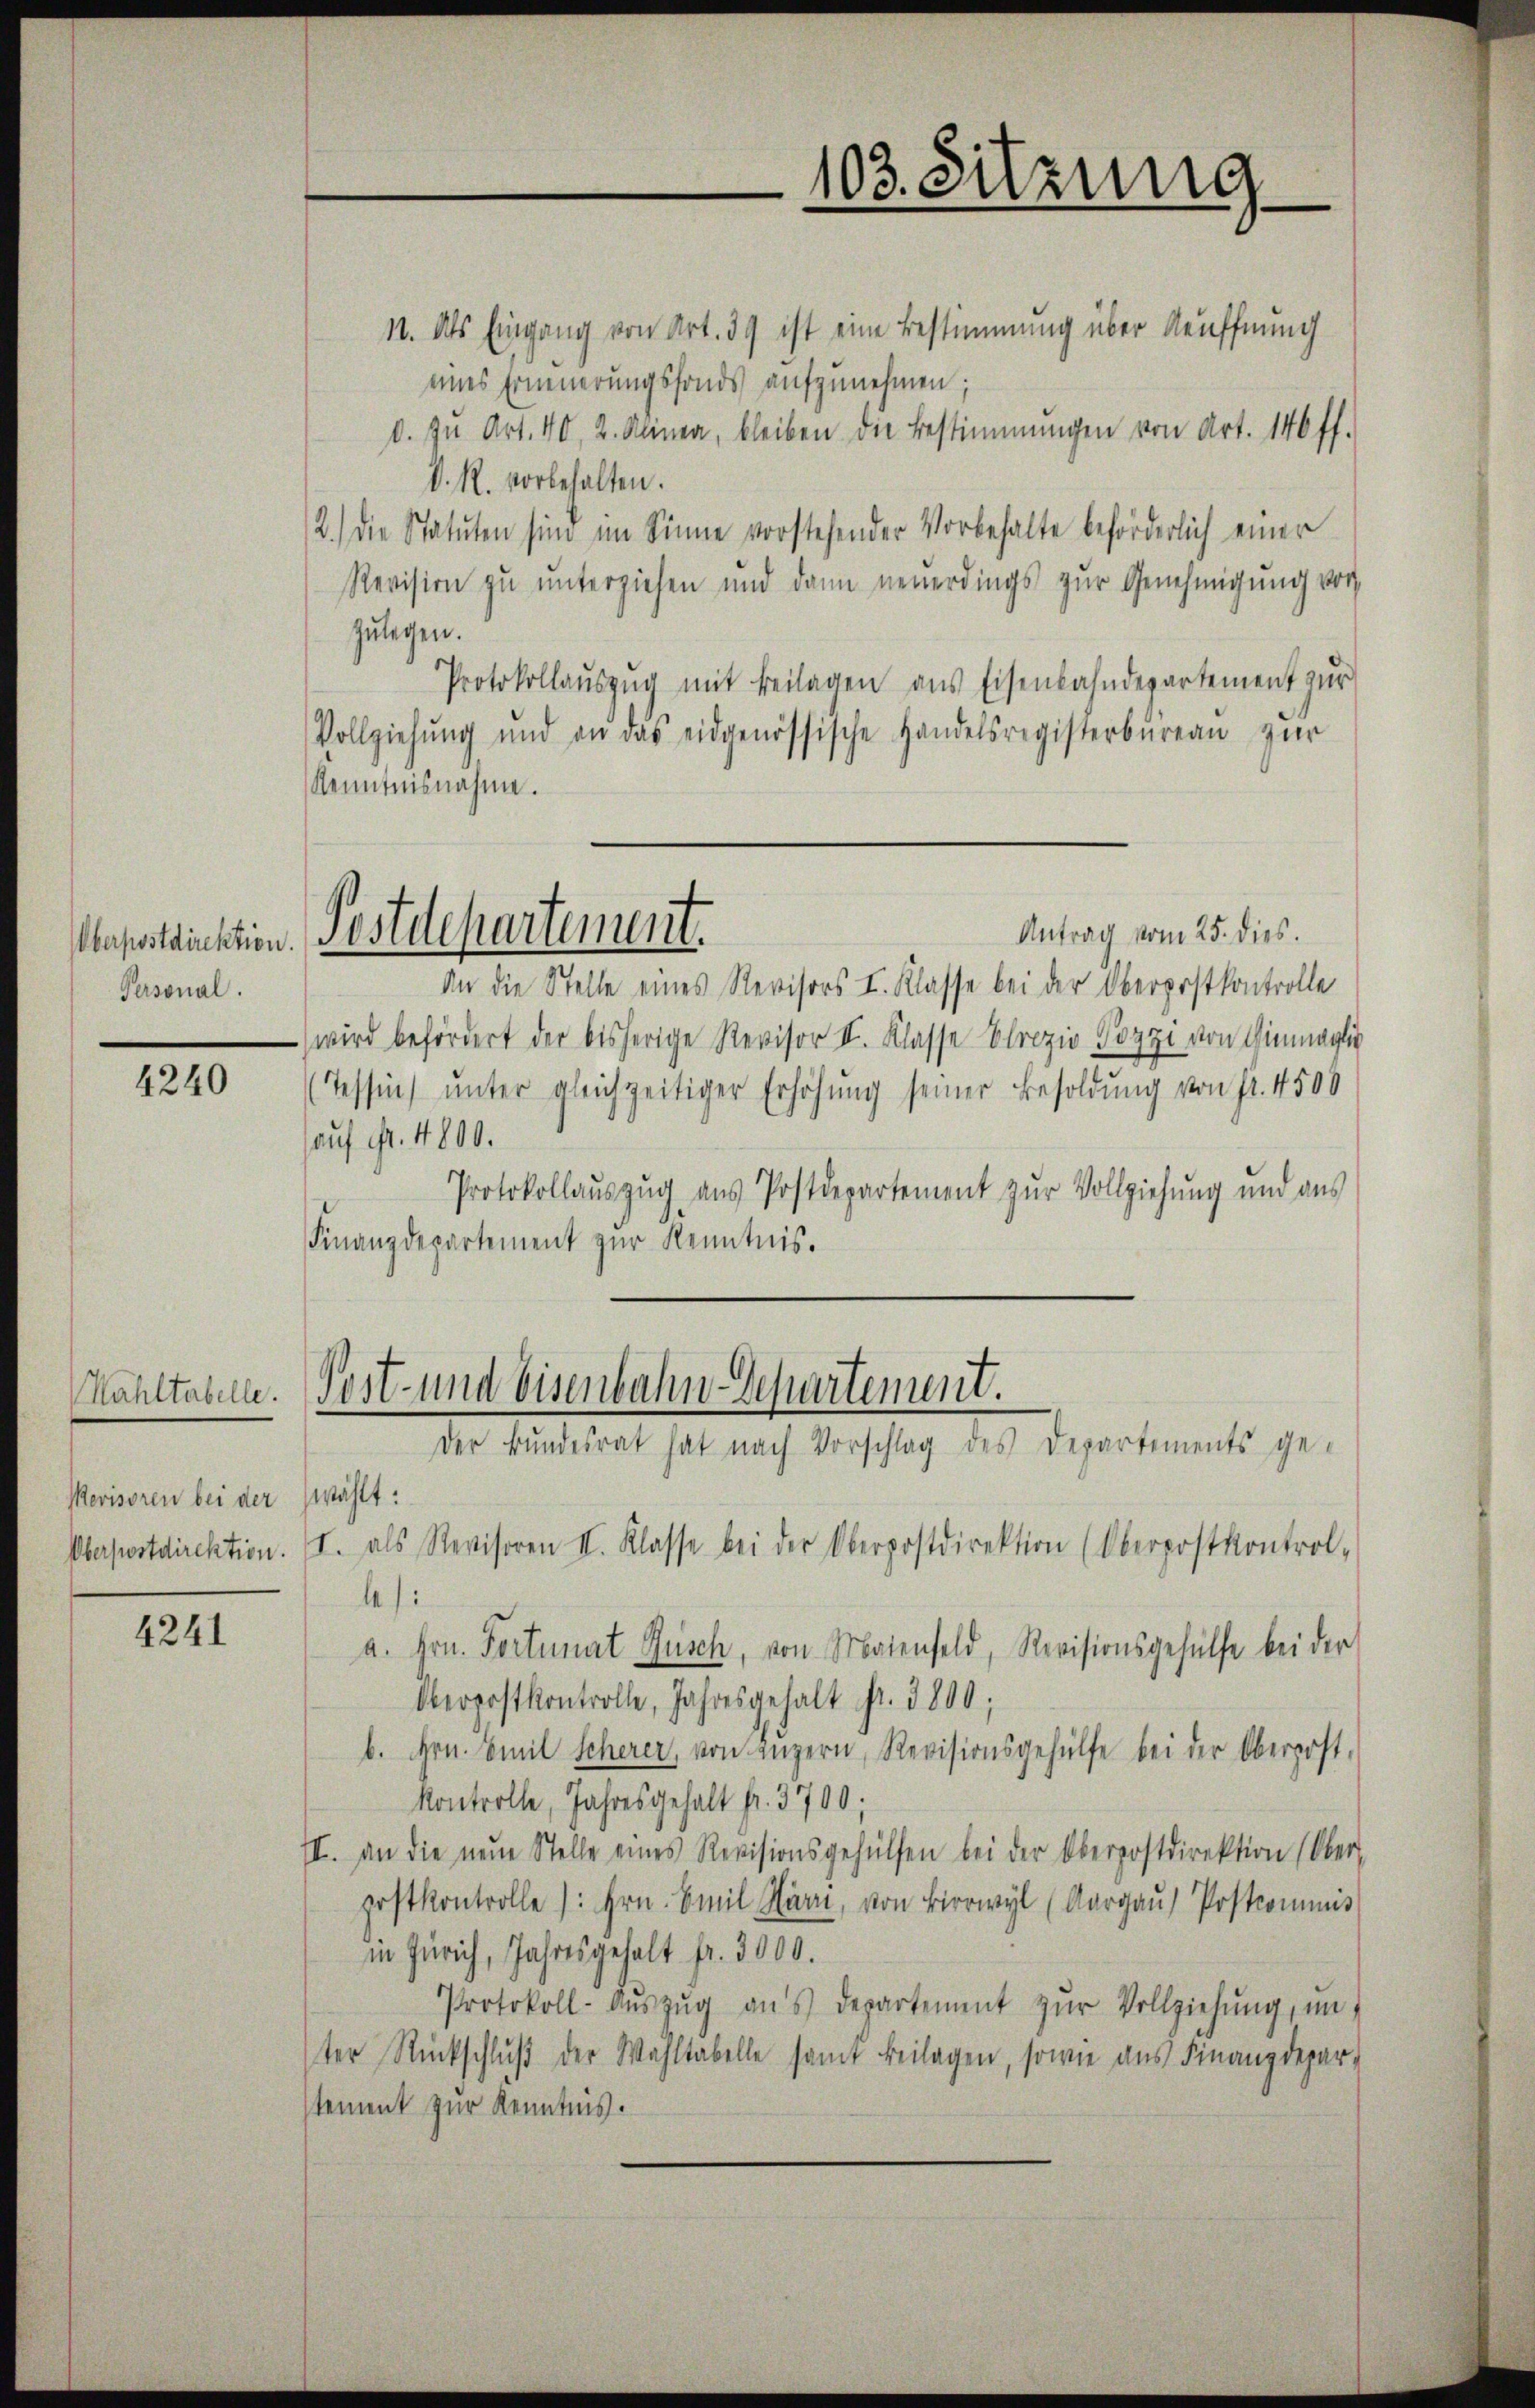
Personal.

4240

Mevisoren bei der wählt:

4241

11. Als Eingang von Art. 39 ist eine Bestimmung über Aeuffnung
eines Erneuerungsfonds aufzunehmen;
d. zu Art. 40, 2. Alinea, bleiben die Bestimmungen von Art. 146 ff.
V. R. vorbehalten.
2.) Die Statuten sind im Sinne vorstehender Vorbehalte beförderlich einer
Revision zŭ ŭnterziehen und dann neuerdings zŭr Genehmigŭng vor
zulegen.
Protokollaŭszŭg mit Beilagen aus Eisenbahndepartement zur
Vollziehŭng und an das eidgenössische Handelsregisterbüreaŭ zŭr
Kenntnisnahme.
Antrag vom 25. dies.
apstruktion. Postdepartement.
An die Stelle eines Revisors I. Klasse bei der Oberpostkontrolle
wird befördert der bisherige Revisor II. Klasse Elrozio Pozzi von Hinaglic
(Tessin ŭnter gleichzeitiger Erhöhŭng seiner Besoldŭng von Fr. 4500
hauf Fr. 4800.
Protokollauszug aus Postdepartement zŭr Vollziehung und aus
Finanzdepartement zŭr Kenntnis.

103. Sitzung

Kahltabelle. Post- und Eisenbahn-Departement.
Der Bundesrat hat nach Vorschlag des Departements ge-

Oberpostdirektion. (I. als Revisoren II. Klasse bei der Oberpostdirektion (Oberpostkontrol-
)
a. Hrn. Portunat Rusch, von Maienfeld, Revisionsgehülfe bei der
Oberpostkontrolle, Jahresgehalt pr. 3800;
b. Hrn. Emil Scherer, von Luzern, Revisionsgehülfe bei der Oberpost.
Kontrolle, Jahresgehalt fr. 3700;
II. an die neŭe Stelle eines Revisionsgehülfen bei der Oberpostdirektion (Ober-
postkontrolle: hrn. Emil Härn, von Birwyl (Aargaŭ) Postcommis
in Zürich, Jahresgehalt fr. 3000.
Protokoll- Aŭszŭg aŭs departement zŭr Vollziehŭng, in
ter Rückschlŭβ der Wahltabelle samt beilagen, sowie aus Finanzdepar-
stement zur Kenntnis.